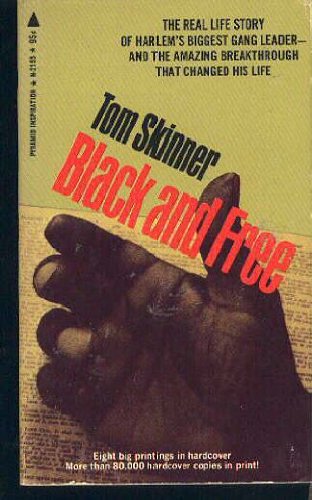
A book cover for Black and Free; Tom Skinner; Religion & Spirituality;